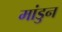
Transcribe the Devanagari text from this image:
मांडुन